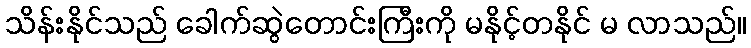
သိန်းနိုင်သည် ခေါက်ဆွဲတောင်းကြီးကို မနိုင့်တနိုင် မ လာသည်။